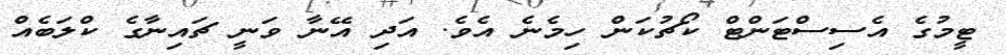
ޓީމުގެ އެސިސްޓަންޓް ކޯޗުކަން ހިމެނެ އެވެ. އަދި އޭނާ ވަނީ ޗައިނާގެ ކްލަބެއް